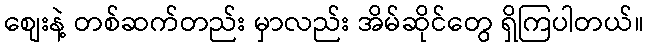
စျေးနဲ့ တစ်ဆက်တည်း မှာလည်း အိမ်ဆိုင်တွေ ရှိကြပါတယ်။